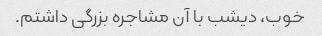
خوب، دیشب با آن مشاجره بزرگی داشتم.